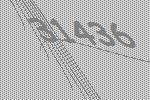
31436